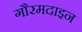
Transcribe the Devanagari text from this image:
गौरमदाइन